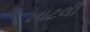
ખાટલી